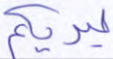
ليريكم